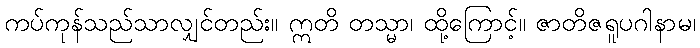
ကပ်ကုန်သည်သာလျှင်တည်း။ ဣတိ တသ္မာ၊ ထို့ကြောင့်။ ဇာတိဇရူပဂါနာမ၊